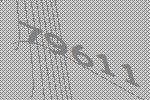
79611